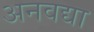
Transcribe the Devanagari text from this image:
अनवद्या